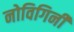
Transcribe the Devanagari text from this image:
नोविगिनी